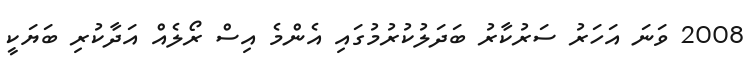
2008 ވަނަ އަހަރު ސަރުކާރު ބަދަލުކުރުމުގައި އެންމެ އިސް ރޯލެއް އަދާކުރި ބަޔަކީ